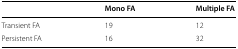
<table><thead><tr><td></td><td><b>Mono FA</b></td><td><b>Multiple FA</b></td></tr></thead><tbody><tr><td>Transient FA</td><td>19</td><td>12</td></tr><tr><td>Persistent FA</td><td>16</td><td>32</td></tr></tbody></table>